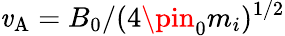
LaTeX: \mathit{v}_{\mathrm{{A}}}=B_{0}/(4\pin_{0}m_{i})^{1/2}